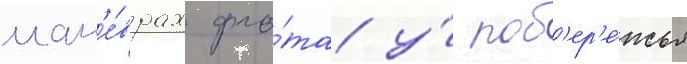
ман'е́врах фло́та у́ поб'ер'е́жья